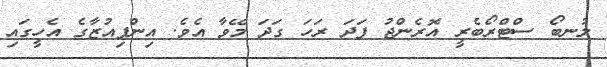
ލުނބޯ ސްޓްރޯބެރީ އޮރެންޖު ފަދަ ރަހަ ގަދަ މޭވާ އެވެ. އިންފިއުޒާގެ އެހީގައި